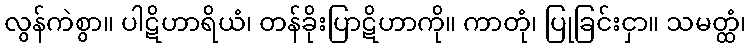
လွန်ကဲစွာ။ ပါဋိဟာရိယံ၊ တန်ခိုးပြာဋိဟာကို။ ကာတုံ၊ ပြုခြင်းငှာ။ သမတ္ထံ၊